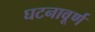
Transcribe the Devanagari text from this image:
घटनावूर्ण